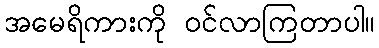
အမေရိကားကို ဝင်လာကြတာပါ။